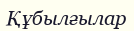
Құбылғылар